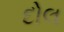
દોલ